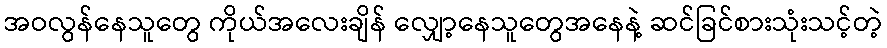
အဝလွန်နေသူတွေ ကိုယ်အလေးချိန် လျှော့နေသူတွေအနေနဲ့ ဆင်ခြင်စားသုံးသင့်တဲ့